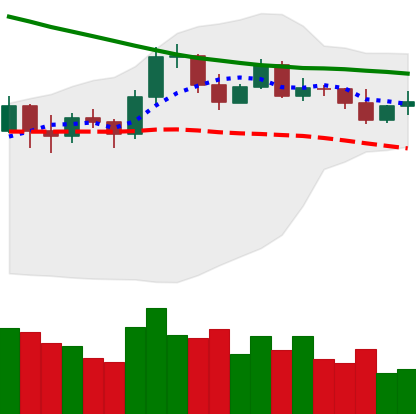
Ticker: EOS-USD
Chart end date: 2019-11-17
Forward return: -23.066%
Label: down_7plus